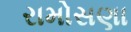
રામોસણા